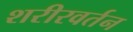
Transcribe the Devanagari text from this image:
शरीरवर्तन